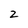
Character: 2